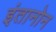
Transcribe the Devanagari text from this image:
इंतानोन